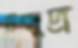
উন্মুদ্র